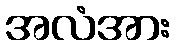
အလံအား